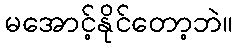
မအောင့်နိုင်တော့ဘဲ။